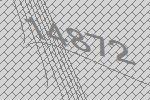
14872